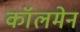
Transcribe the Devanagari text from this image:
कॉलमेन